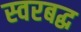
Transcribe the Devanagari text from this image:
स्‍वरबद्ध